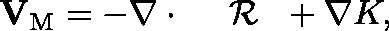
{ \bf { V } } _ { \mathrm { { M } } } = - \nabla \cdot \mathrm { ~ \boldmath ~ \cal ~ { ~ R ~ } ~ } + \nabla K ,